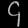
Digit: ၄